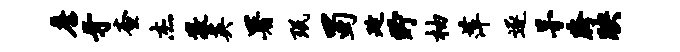
詹牙查杰敬英署珉蜀延贮柚萍逐茅胯映